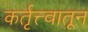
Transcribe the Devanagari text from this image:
कर्तृत्त्वातून